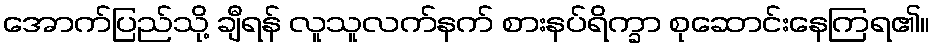
အောက်ပြည်သို့ ချီရန် လူသူလက်နက် စားနပ်ရိက္ခာ စုဆောင်းနေကြရ၏။